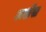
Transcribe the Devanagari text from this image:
अर्शस